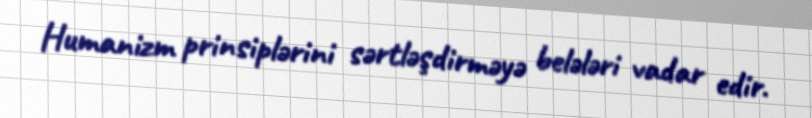
Humanizm prinsiplərini sərtləşdirməyə belələri vadar edir.